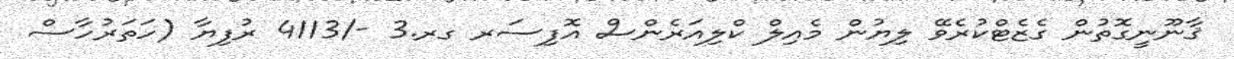
ޤާނޫނީގޮތުން ގެޒެޓްކުރެވޭ ލިޔުން މެއިލް ކްލިއަރެންސް އޮފިސަރ ގރ.3 -/4113 ރުފިޔާ (ހަތަރުހާސް